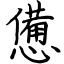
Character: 憊